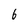
Character: 6